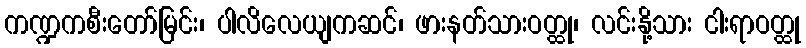
ကဏ္ဍကစီးတော်မြင်း၊ ပါလိလေယျကဆင်၊ ဖားနတ်သားဝတ္ထု၊ လင်းနို့သား ငါးရာဝတ္ထု